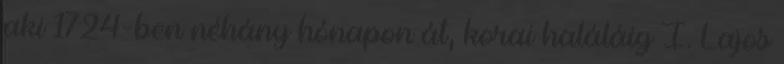
aki 1724-ben néhány hónapon át, korai haláláig I. Lajos